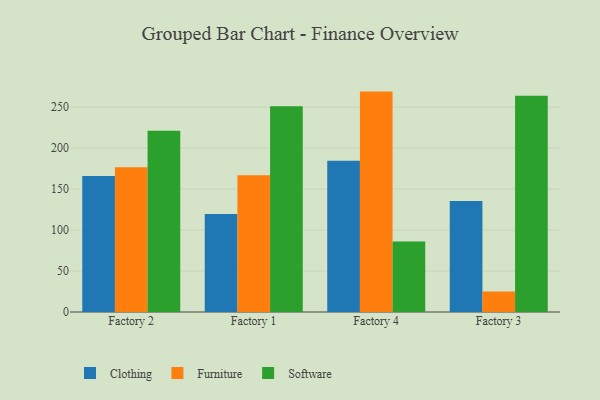
{"axis": {"x": "Factory", "y": "Page Views"}, "legend": ["Clothing", "Furniture", "Software"], "data": [{"x": "Factory 2", "y": 165.9, "type": "Clothing"}, {"x": "Factory 2", "y": 176.8, "type": "Furniture"}, {"x": "Factory 2", "y": 221.1, "type": "Software"}, {"x": "Factory 1", "y": 119.5, "type": "Clothing"}, {"x": "Factory 1", "y": 167.0, "type": "Furniture"}, {"x": "Factory 1", "y": 251.1, "type": "Software"}, {"x": "Factory 4", "y": 184.7, "type": "Clothing"}, {"x": "Factory 4", "y": 269.0, "type": "Furniture"}, {"x": "Factory 4", "y": 86.0, "type": "Software"}, {"x": "Factory 3", "y": 135.5, "type": "Clothing"}, {"x": "Factory 3", "y": 25.1, "type": "Furniture"}, {"x": "Factory 3", "y": 264.0, "type": "Software"}]}